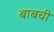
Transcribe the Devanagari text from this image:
बाबची